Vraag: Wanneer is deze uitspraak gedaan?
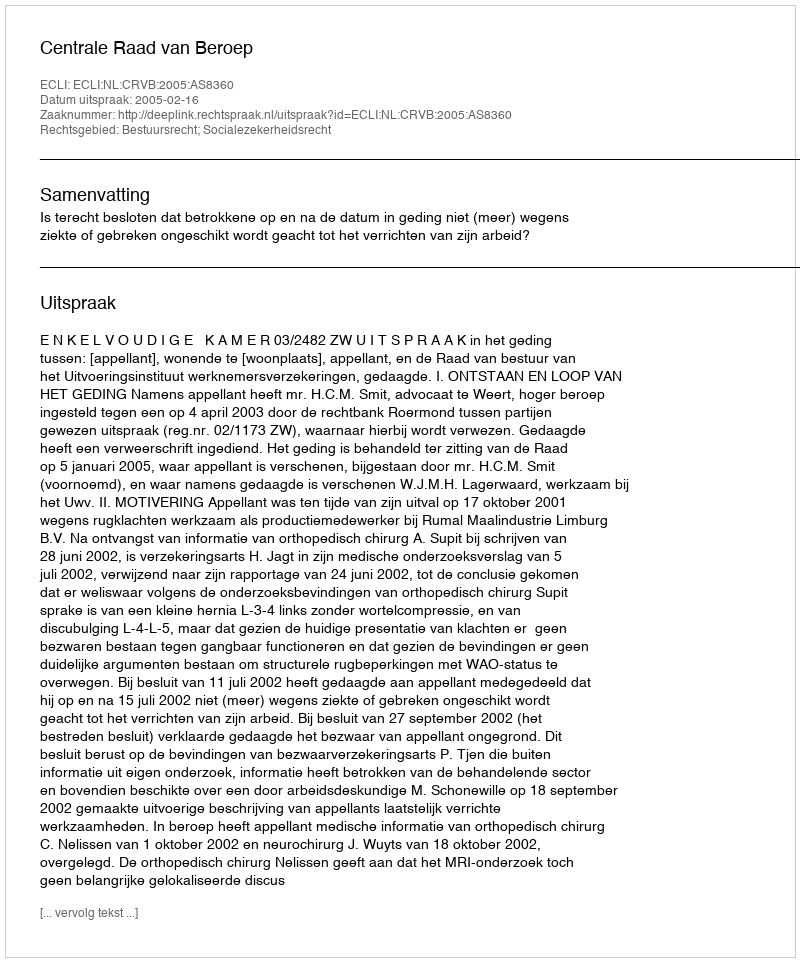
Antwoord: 2005-02-16